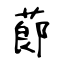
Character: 蓈